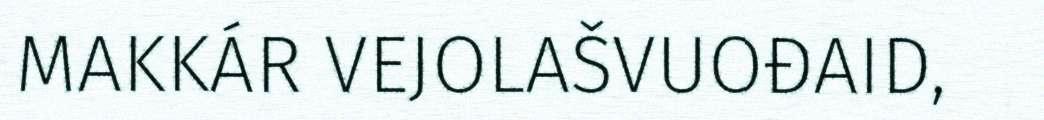
MAKKÁR VEJOLAŠVUOĐAID,